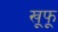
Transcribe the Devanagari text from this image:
खूफू